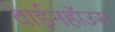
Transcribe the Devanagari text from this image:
वाईनहॉउस